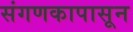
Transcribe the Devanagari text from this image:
संगणकापासून